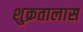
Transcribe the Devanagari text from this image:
शुक्रतालास